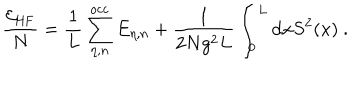
LaTeX: \frac { { \cal E } _ { \mathrm { H F } } } { N } = \frac { 1 } { L } \sum _ { \eta , n } ^ { \mathrm { o c c } } E _ { \eta , n } + \frac { 1 } { 2 N g ^ { 2 } L } \int _ { 0 } ^ { L } \mathrm { d } x S ^ { 2 } ( x ) \ .